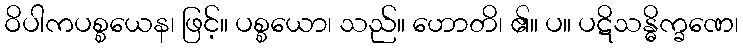
ဝိပါကပစ္စယေန၊ ဖြင့်။ ပစ္စယော၊ သည်။ ဟောတိ၊ ၏။ ပ။ ပဋိသန္ဓိက္ခဏေ၊